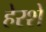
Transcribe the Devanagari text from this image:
हेरशे